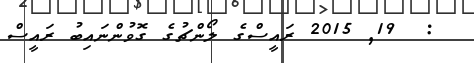
:  19